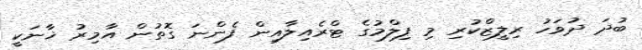
ބުދަ ދުވަހު ރިލީޒްކުރި މި ފިލްމުގެ ޓްރެއިލާއިން ފެންނަ ގޮތުން އާމިރު ޚާނަކީ